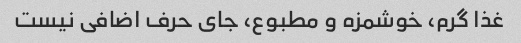
غذا گرم، خوشمزه و مطبوع، جای حرف اضافی نیست